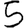
Digit: 5